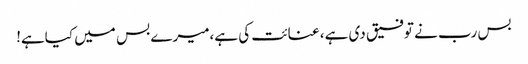
بس رب نے توفیق دی ہے، عنائت کی ہے،میرے بس میں کیاہے!